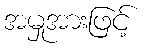
အမှုအားဖြင့်